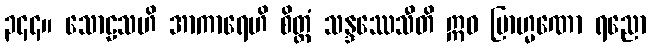
၃၄၄။ သောဠသဟိ အာကာရေဟိ စိတ္တံ သန္ဒဿေသီတိ ဣဓ ဗြာဟ္မဏော ရညော